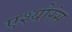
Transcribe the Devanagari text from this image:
एश्योरंस